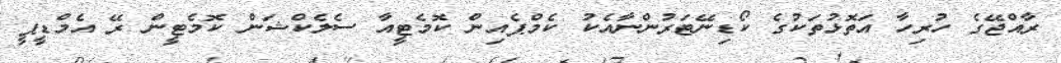
ރާއްޖޭގެ ހުރިހާ އަތޮޅުތަކުގެ ކޯޑިނޭޓަރުންނާއެކު ކެމްޕެއިން ކޮމެޓީއާ ސެލެކްޝަން ކޮމެޓީން ރޭ އެމްޑީޕީ